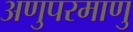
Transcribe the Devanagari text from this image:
अणुपरमाणु